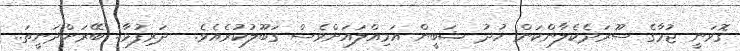
ގޮވަނީ ޖުމާގެ ސޫރަދެކެލާންކަން ހުދު ޝަބީން އަމިއްލައަށްވެސް ގަބޫލުކުރެއެވެ.  ދަރިފުޅާ.. ބޭރަށްދަނީތަ..